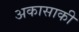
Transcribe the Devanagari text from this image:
अकासाकी